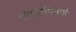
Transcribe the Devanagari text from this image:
परिचायिकाएं